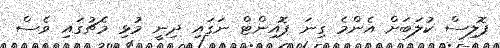
ޕޮލިސް ކުލަބަށް އެންމެ ގިނަ ޕޮއިންޓް ނަގައި ދިނީ މުޅި މެޗުގައި ވެސް